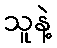
သူနဲ့